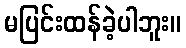
မပြင်းထန်ခဲ့ပါဘူး။